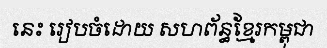
នេះ រៀបចំដោយ សហព័ន្ធខ្មែរកម្ពុជា